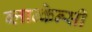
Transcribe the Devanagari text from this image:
ब्लान्केन्सी